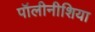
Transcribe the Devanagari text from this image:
पॉलीनीशिया